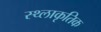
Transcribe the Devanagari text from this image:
स्थ्लाकृतिक